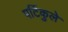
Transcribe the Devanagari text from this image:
पर्टिकुले